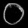
Digit: ၀